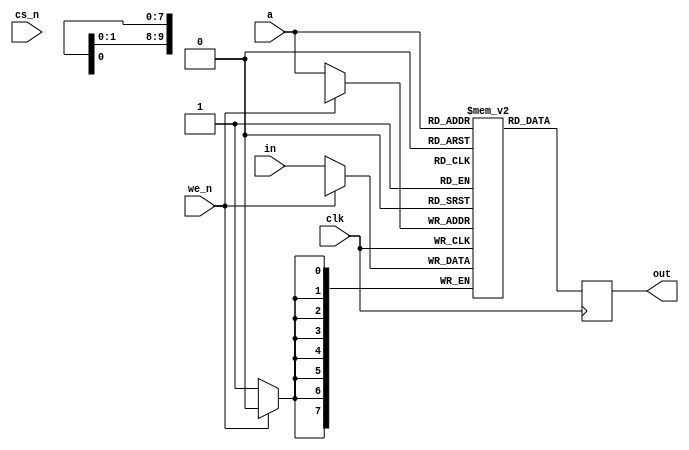
//
//
//
module ram_907036(
		  input        clk,
		  input [9:0]  a,
		  input [7:0]  in,
		  output [7:0] out,
		  input        cs_n,
		  input        we_n
		  );

   reg [7:0] ram[0:1023];
   reg [7:0] data;
   
`ifdef debug
   integer    i;
   
   initial
     begin
	for (i = 0; i < 1024; i = i + 1)
	  ram[i] = 0;
     end
`endif

   assign out = data;

   always @(posedge clk)
     data <= ram[a];

   always @(posedge clk)
     if (we_n == 0)
       ram[a] <= in;

`ifdef async
   assign out = ram[a];

   always @(a or we_n or in)
     if (we_n == 0)
       ram[a] = in;   
`endif

endmodule // ram_907036